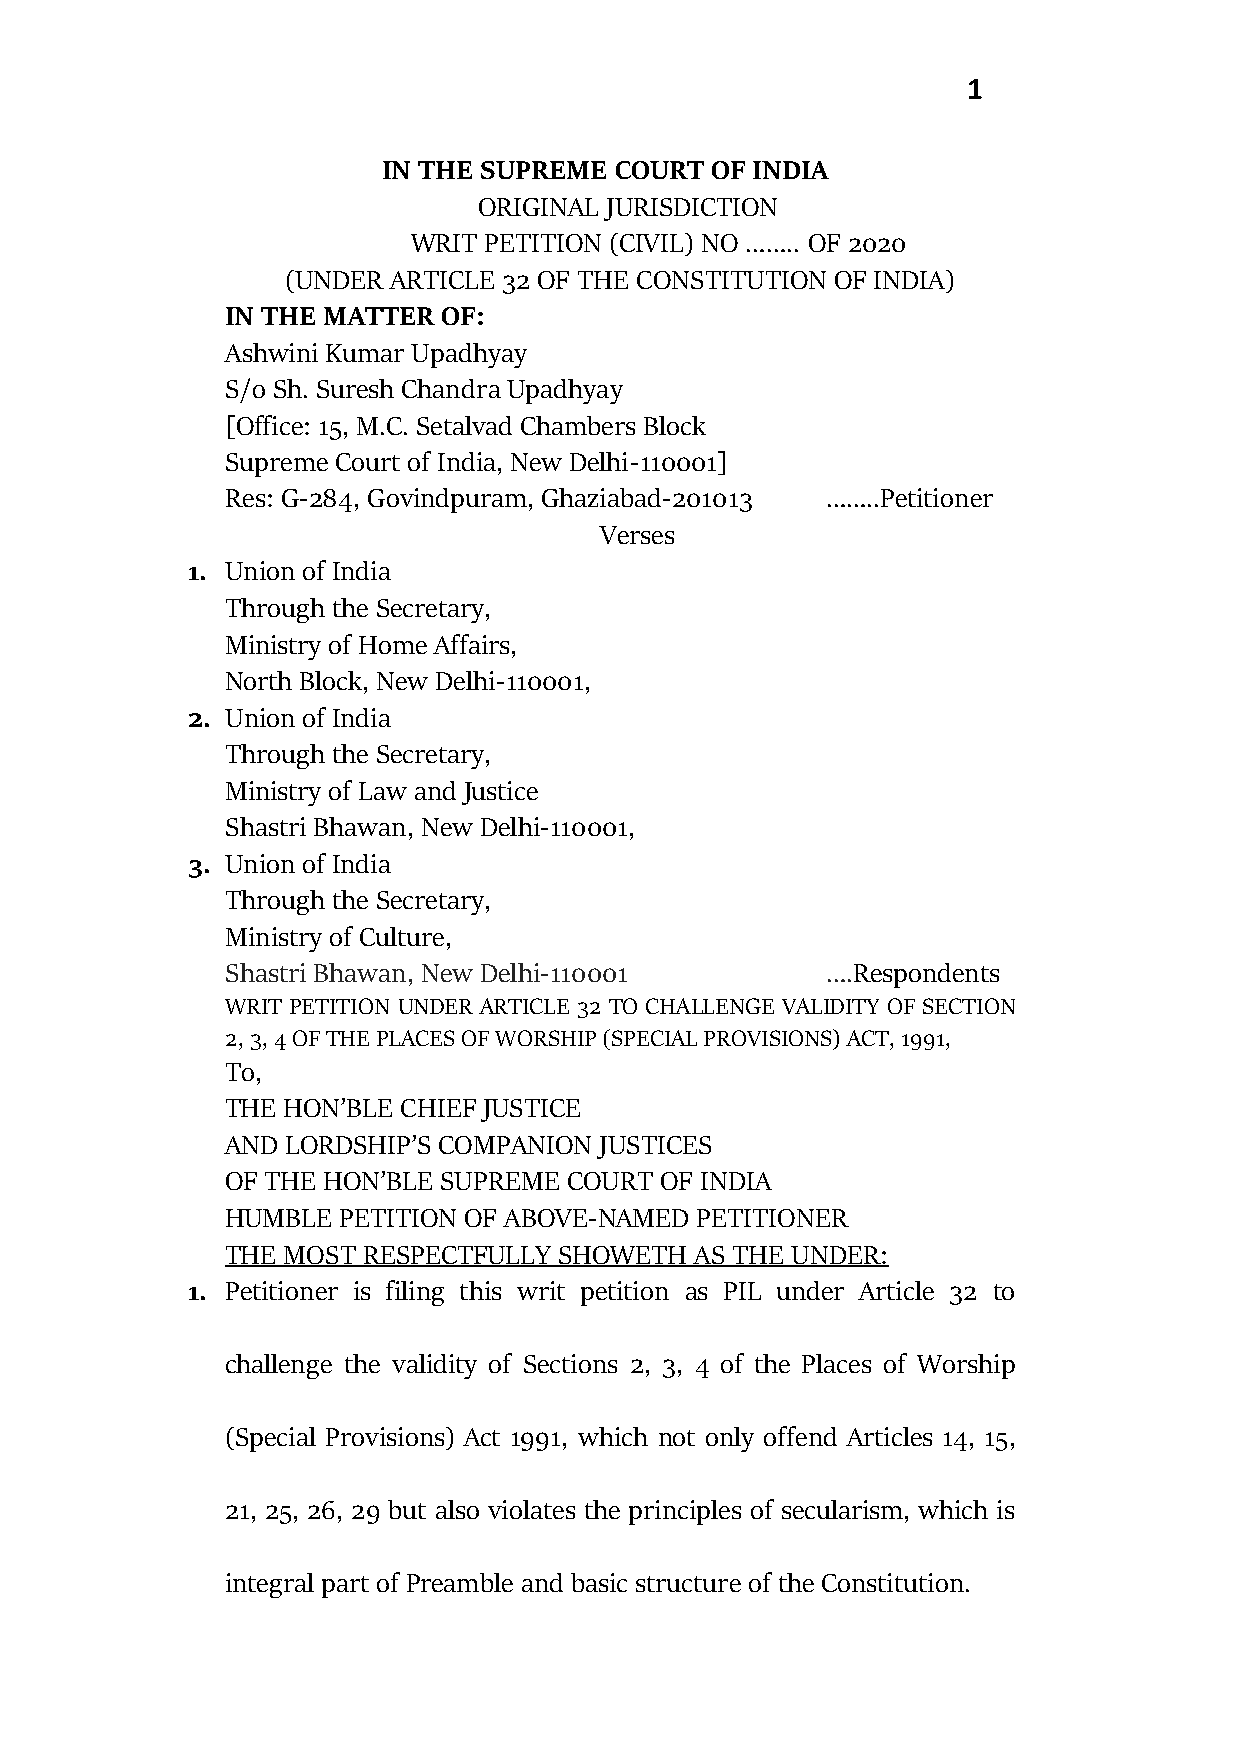
1
 IN THE SUPREME  COURT OF INDIA
 ORIGINAL JURISDICTION
 WRIT PETITION (CIVIL) NO …….. OF 2020
 (UNDER ARTICLE 32 OF THE CONSTITUTION OF INDIA)
 IN THE MATTER OF:
 Ashwini Kumar Upadhyay
 S/o Sh. Suresh Chandra Upadhyay
 [Office: 15, M.C. Setalvad Chambers Block
 Supreme Court of India, New Delhi-110001]
 Res: G-284, Govindpuram, Ghaziabad-201013 ……..Petitioner
 Verses
 1. Union of India
 Through the Secretary,
 Ministry of Home Affairs,
 North Block, New Delhi-110001,
 2. Union of India
 Through the Secretary,
 Ministry of Law and Justice
 Shastri Bhawan, New Delhi-110001,
 3. Union of India
 Through the Secretary,
 Ministry of Culture,
 Shastri Bhawan, New Delhi-110001        ….Respondents
 WRIT PETITION UNDER ARTICLE 32 TO CHALLENGE VALIDITY OF SECTION
 2, 3, 4 OF THE PLACES OF WORSHIP (SPECIAL PROVISIONS) ACT, 1991,
 To,
 THE HON’BLE CHIEF JUSTICE
 AND LORDSHIP’S COMPANION JUSTICES
 OF THE HON’BLE SUPREME COURT OF INDIA
 HUMBLE PETITION OF ABOVE-NAMED PETITIONER
 THE MOST RESPECTFULLY SHOWETH  AS THE UNDER:
 1. Petitioner is filing this writ petition as PIL under Article 32 to
 challenge the validity of Sections 2, 3, 4 of the Places of Worship
 (Special Provisions) Act 1991, which not only offend Articles 14, 15,
 21, 25, 26, 29 but also violates the principles of secularism, which is
 integral part of Preamble and basic structure of the Constitution.